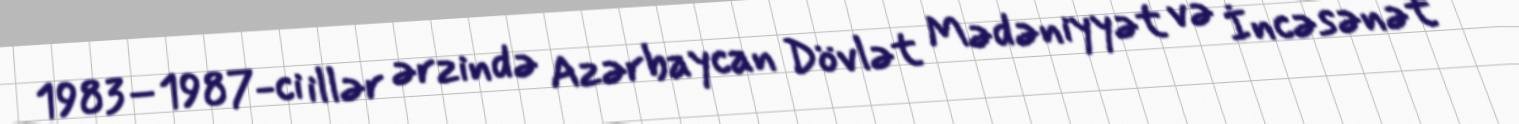
1983–1987-ci illər ərzində Azərbaycan Dövlət Mədəniyyət və İncəsənət